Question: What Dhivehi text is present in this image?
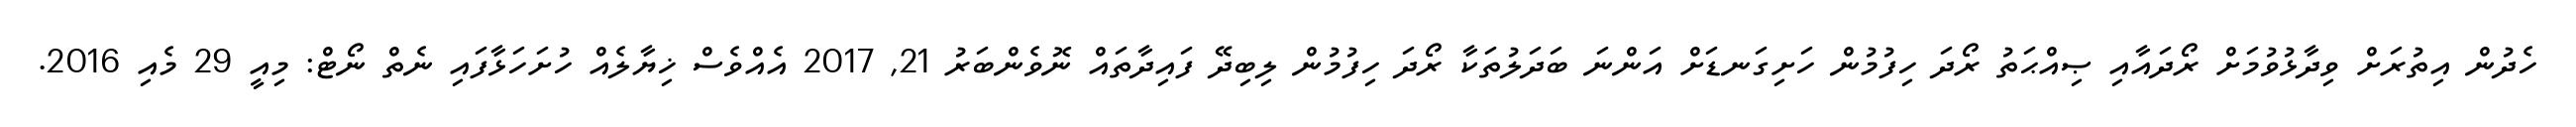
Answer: ހެދުން އިތުރަށް ވިދާޅުވުމަށް ރޯދައާއި ޞިއްޙަތު ރޯދަ ހިފުމުން ހަށިގަނޑަށް އަންނަ ބަދަލުތަކާ ރޯދަ ހިފުމުން ލިބިދޭ ފައިދާތައް ނޮވެންބަރު 21, 2017 އެއްވެސް ޚިޔާލެއް ހުށަހަޅާފައި ނެތް ނޯޓް: މިއީ 29 މެއި 2016.